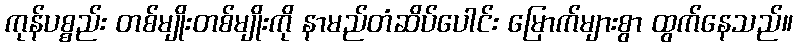
ကုန်ပစ္စည်း တစ်မျိုးတစ်မျိုးကို နာမည်တံဆိပ်ပေါင်း မြောက်များစွာ ထွက်နေသည်။